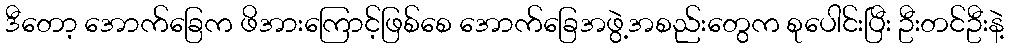
ဒီတော့ အောက်ခြေက ဖိအားကြောင့်ဖြစ်စေ အောက်ခြေအဖွဲ့အစည်းတွေက စုပေါင်းပြီး ဦးတင်ဦးနဲ့